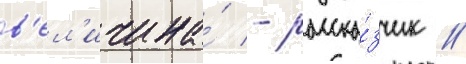
в'ел'ичина́ - расска́зчик //